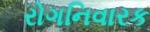
રોગનિવારક